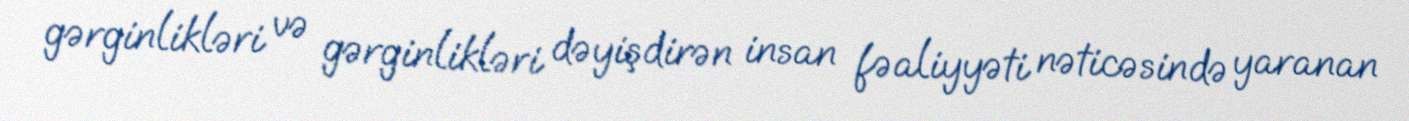
gərginlikləri və gərginlikləri dəyişdirən insan fəaliyyəti nəticəsində yaranan